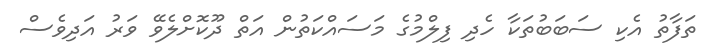
ތަފާތު އެކި ސަބަބުތަކާ ހެދި ފިލްމުގެ މަސައްކަތުން އަތް ދޫކޮށްލެވޭ ވަރު އަދިވެސް